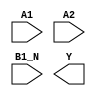
module sky130_fd_sc_lp__o21bai (
    //# {{data|Data Signals}}
    input  A1  ,
    input  A2  ,
    input  B1_N,
    output Y
);

    // Voltage supply signals
    supply1 VPWR;
    supply0 VGND;
    supply1 VPB ;
    supply0 VNB ;

endmodule